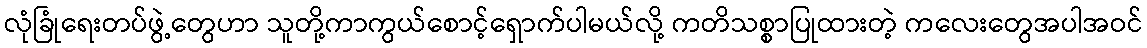
လုံခြုံရေးတပ်ဖွဲ့တွေဟာ သူတို့ကာကွယ်စောင့်ရှောက်ပါမယ်လို့ ကတိသစ္စာပြုထားတဲ့ ကလေးတွေအပါအဝင်